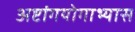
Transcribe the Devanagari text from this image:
अष्टांगयोगाभ्यास